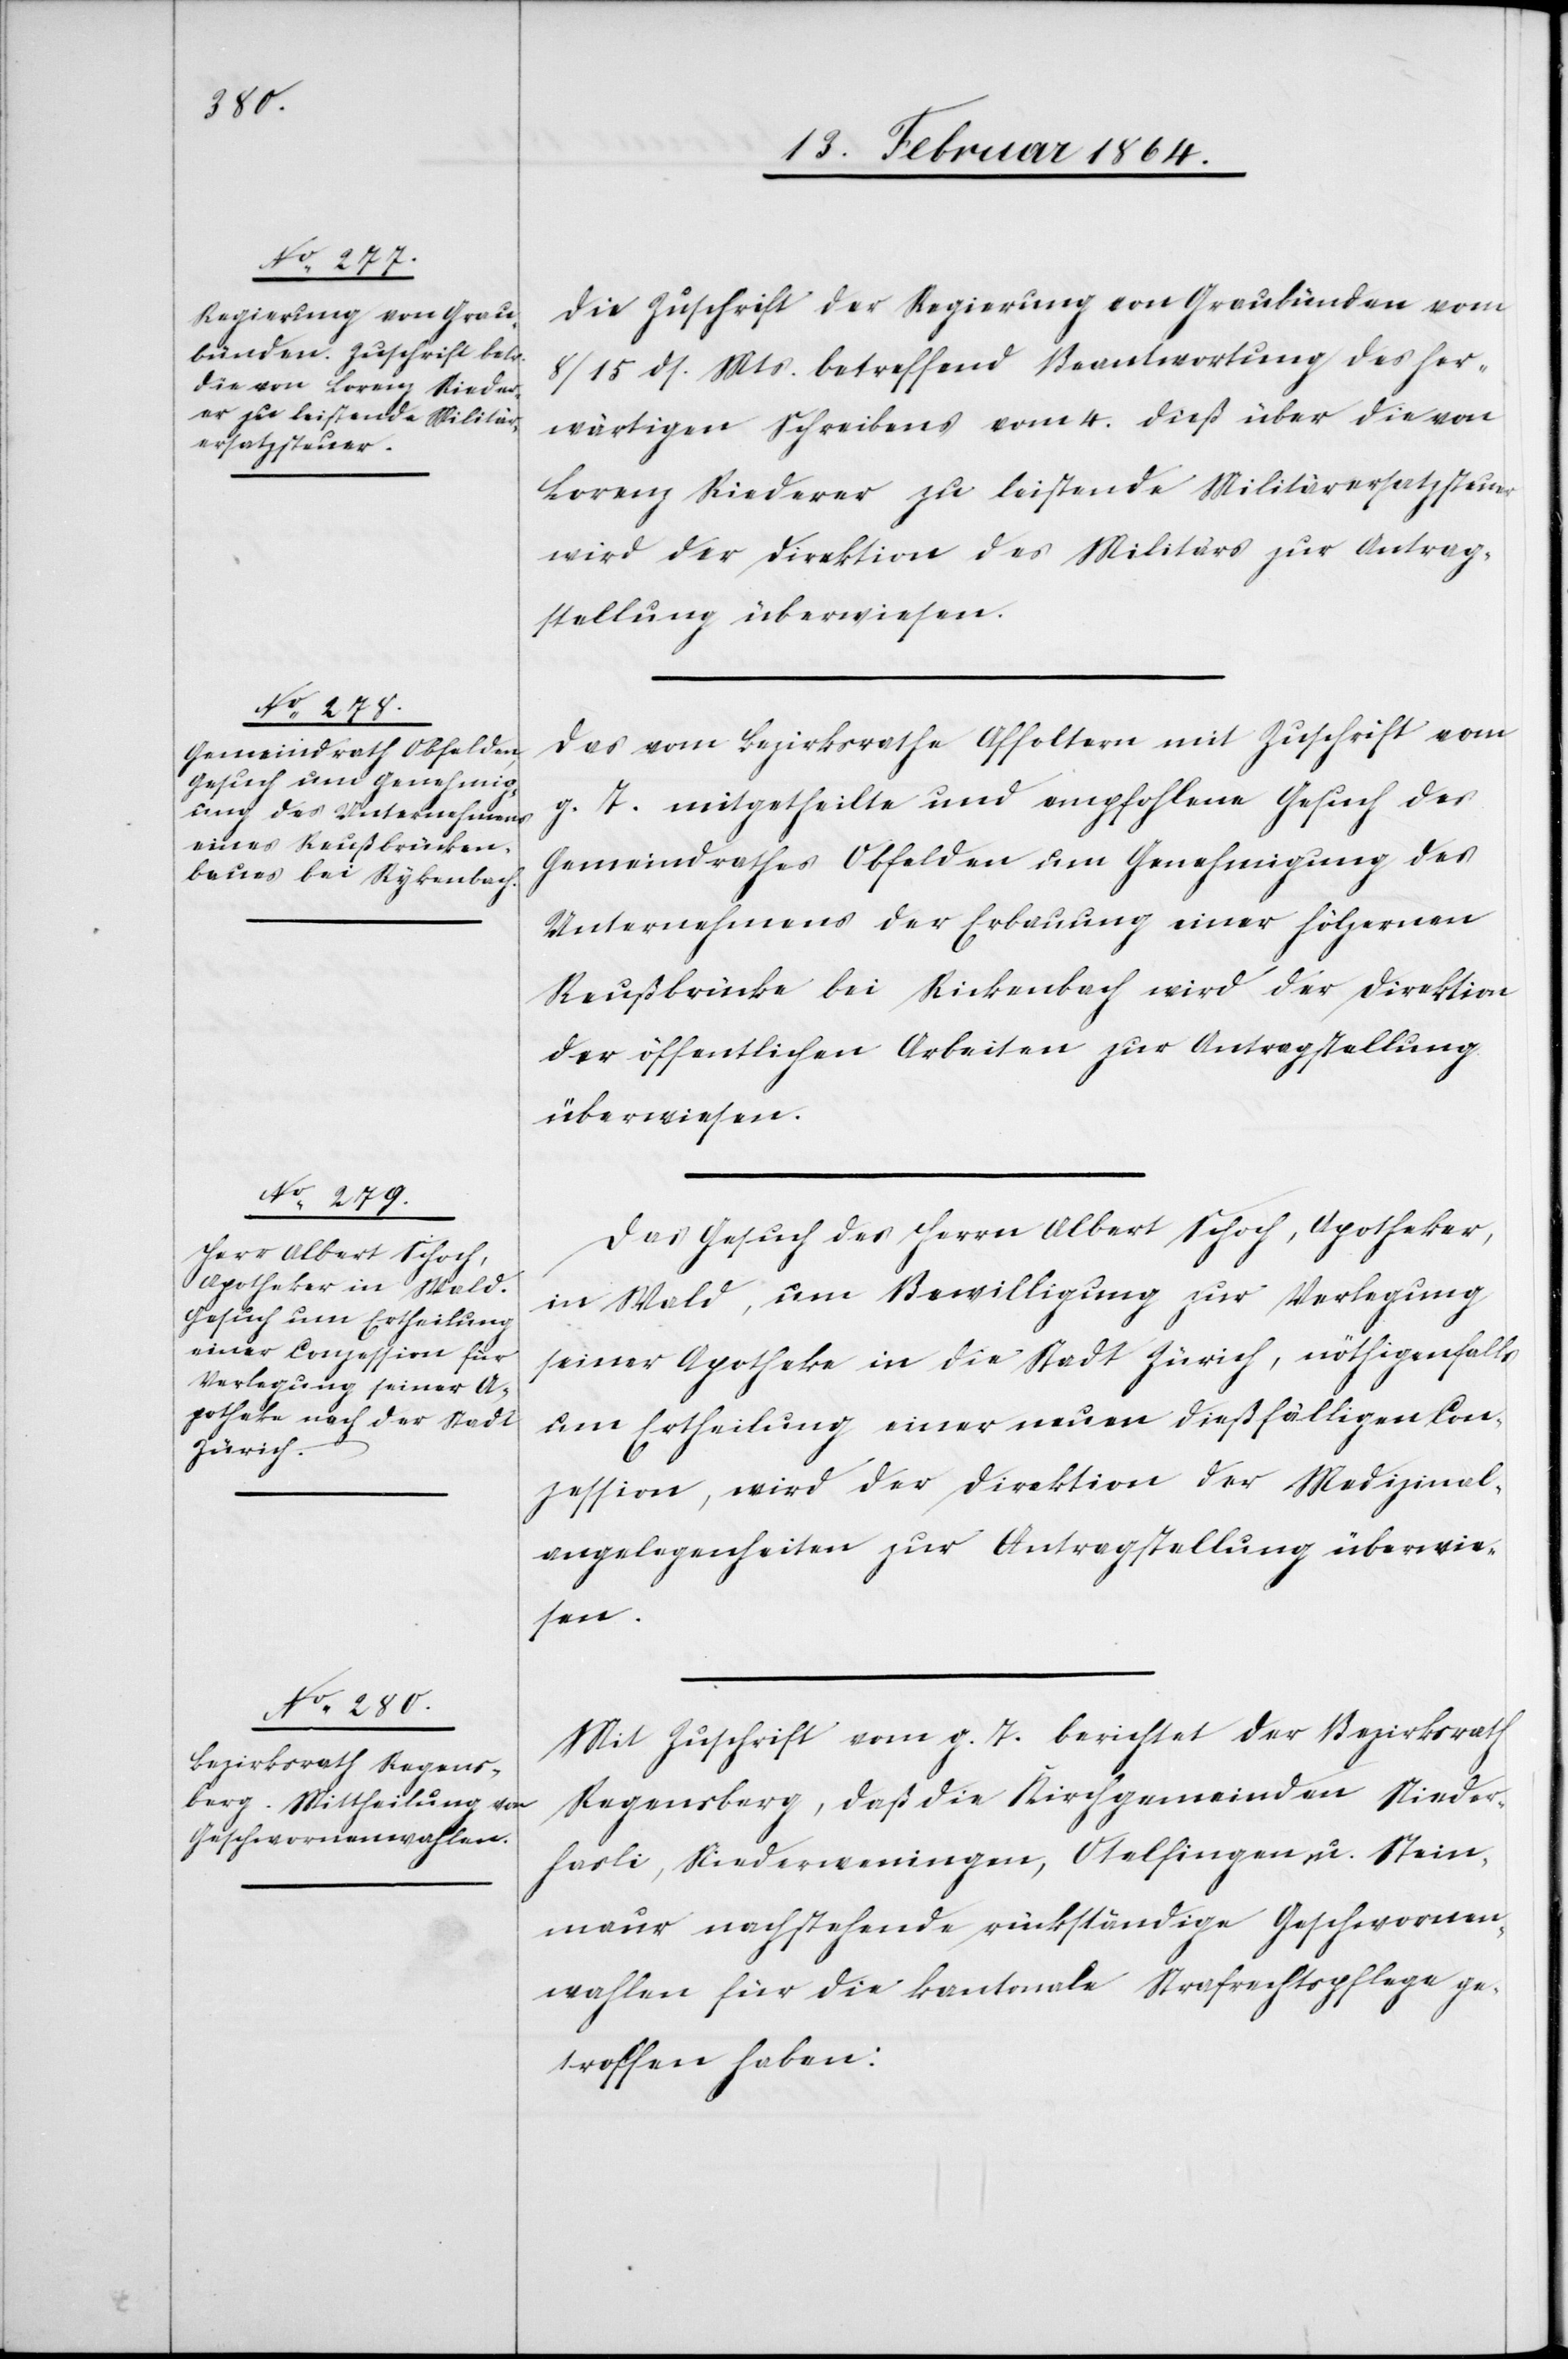
16. Februar 1864.]
Die Zuschrift der Regierung von Graubünden vom
8/15 ds. Mts. betreffend Beantwortung des her¬
wärtigen Schreibens vom 4. dieß über die von
Lorenz Riederer zu leistende Militärersatzsteuer
wird der Direktion des Militärs zur Antrag¬
stellung überwiesen.
Das vom Bezirksrathe Affoltern mit Zuschrift vom
g. T. mitgetheilte und empfohlene Gesuch des
Gemeindrathes Obfelden um Genehmigung des
Unternehmens der Erbauung einer hölzernen
Reußbrücke bei Rickenbach [sic!] wird der Direktion
der öffentlichen Arbeiten zur Antragstellung
überwiesen.
Das Gesuch des Herrn Albert Schoch, Apotheker,
in Wald, um Bewilligung zur Verlegung
seiner Apotheke in die Stadt Zürich, nöthigenfalls
um Ertheilung einer neuen dießfälligen Con¬
zession, wird der Direktion der Medizinal¬
angelegenheiten zur Antragstellung überwie¬
sen.
Mit Zuschrift vom g. T. berichtet der Bezirksrath
Regensberg, daß die Kirchgemeinden Nieder¬
hasli, Niederweningen, Otelfingen u. Stein¬
maur nachstehende rückständige Geschworenen¬
wahlen für die kantonale Strafrechtspflege ge¬
troffen haben: